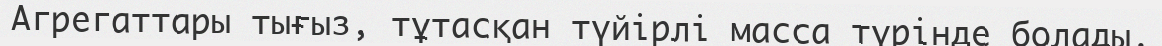
Агрегаттары тығыз, тұтасқан түйірлі масса түрінде болады.